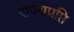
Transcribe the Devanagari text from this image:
राज्यप्रप्ति